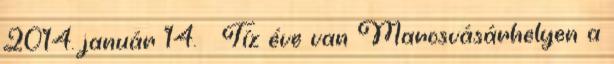
2014. január 14. ↑ Tíz éve van Marosvásárhelyen a